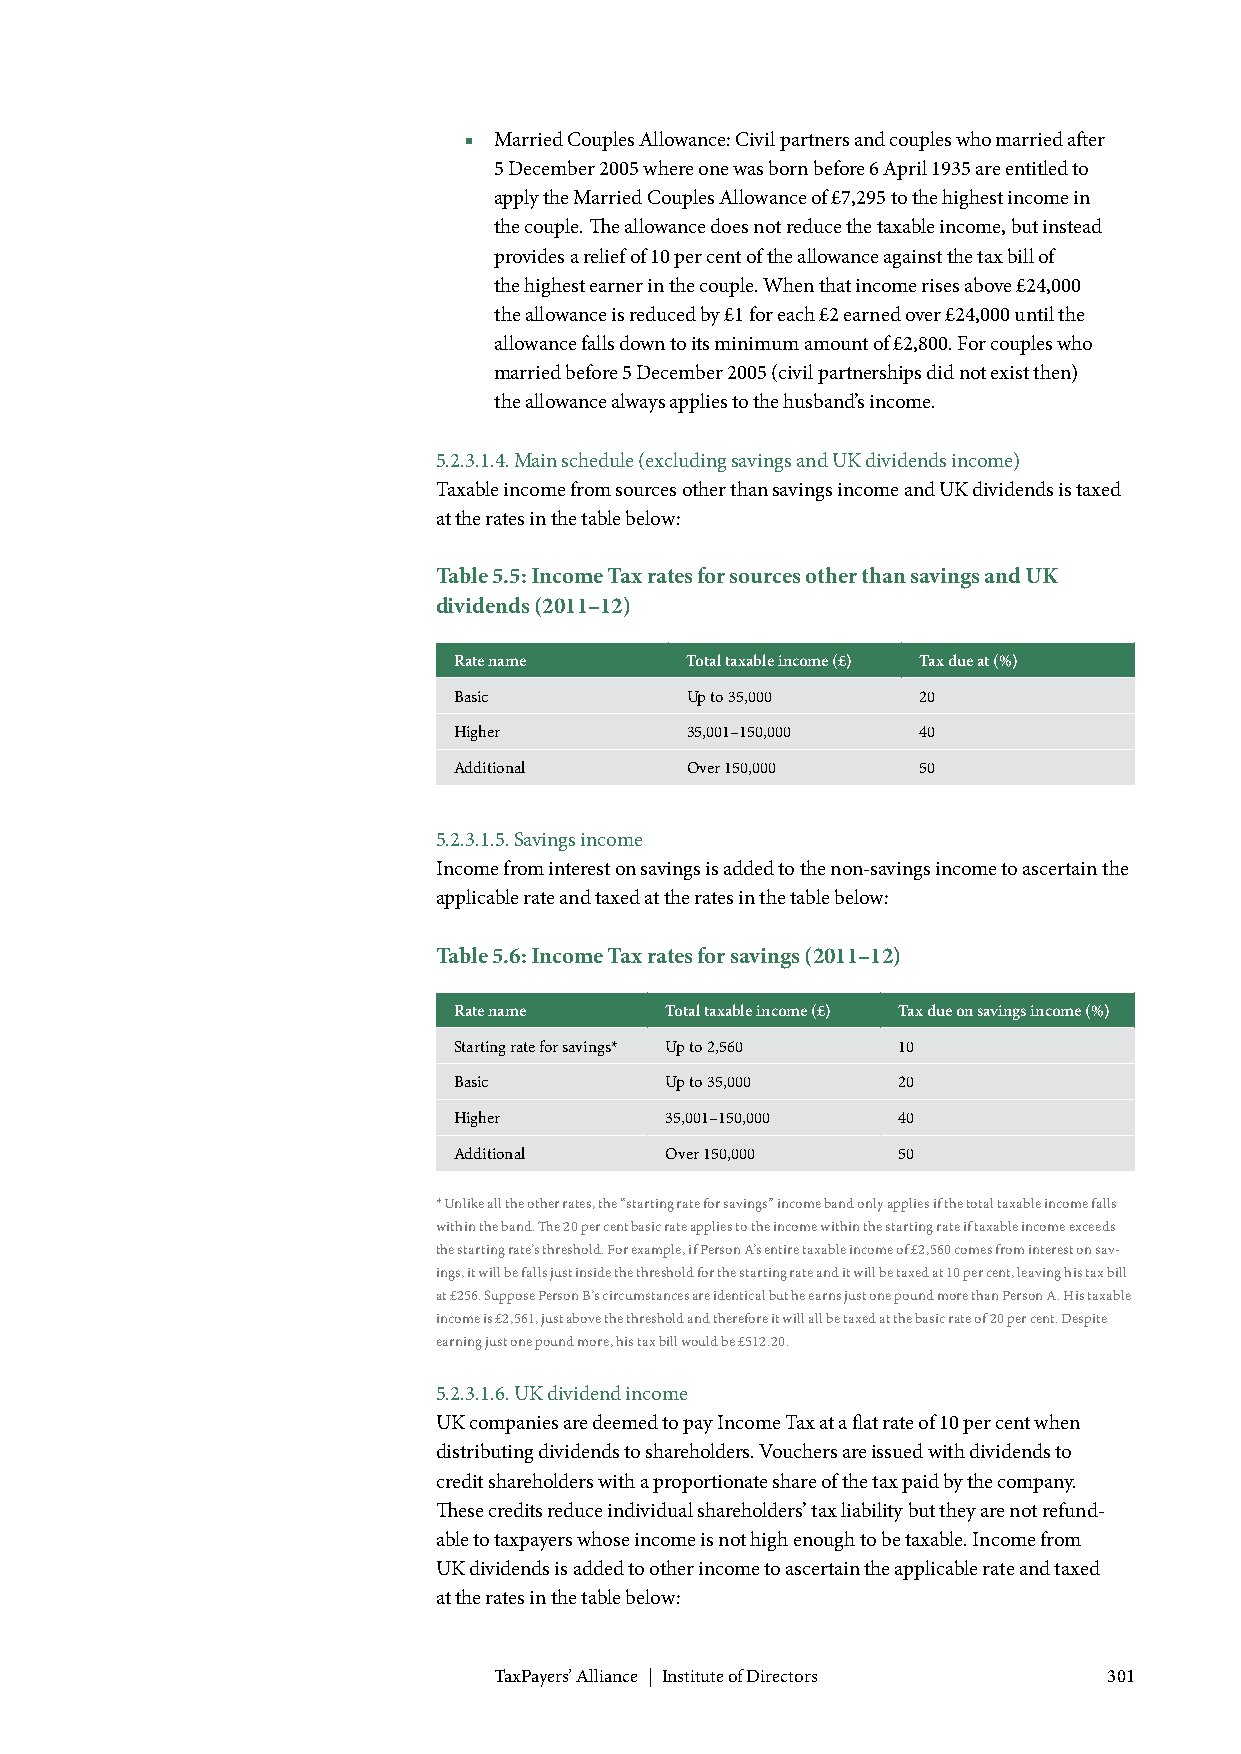
■ Married Couples Allowance: Civil partners and couples who married after
 5 December 2005 where one was born before 6 April 1935 are entitled to
 apply the Married Couples Allowance of £7,295 to the highest income in
 the couple. The allowance does not reduce the taxable income, but instead
 provides a relief of 10 per cent of the allowance against the tax bill of
 the highest earner in the couple. When that income rises above £24,000
 the allowance is reduced by £1 for each £2 earned over £24,000 until the
 allowance falls down to its minimum amount of £2,800. For couples who
 married before 5 December 2005 (civil partnerships did not exist then)
 the allowance always applies to the husband’s income.
 5.2.3.1.4. Main schedule (excluding savings and UK dividends income)
 Taxable income from sources other than savings income and UK dividends is taxed
 at the rates in the table below:
 Table 5.5: Income Tax rates for sources other than savings and UK
 dividends (2011–12)
 Rate name      Total taxable income (£) Tax due at (%)
 Basic          Up to 35,000    20
 Higher         35,001–150,000  40
 Additional     Over 150,000    50
 5.2.3.1.5. Savings income
 Income from interest on savings is added to the non-savings income to ascertain the
 applicable rate and taxed at the rates in the table below:
 Table 5.6: Income Tax rates for savings (2011–12)
 Rate name     Total taxable income (£) Tax due on savings income (%)
 Starting rate for savings* Up to 2,560 10
 Basic         Up to 35,000   20
 Higher        35,001–150,000 40
 Additional    Over 150,000   50
 * Unlike all the other rates, the “starting rate for savings” income band only applies if the total taxable income falls
 within the band. The 20 per cent basic rate applies to the income within the starting rate if taxable income exceeds
 the starting rate’s threshold. For example, if Person A’s entire taxable income of £2,560 comes from interest on sav-
 ings, it will be falls just inside the threshold for the starting rate and it will be taxed at 10 per cent, leaving his tax bill
 at £256. Suppose Person B’s circumstances are identical but he earns just one pound more than Person A. His taxable
 income is £2,561, just above the threshold and therefore it will all be taxed at the basic rate of 20 per cent. Despite
 earning just one pound more, his tax bill would be £512.20.
 5.2.3.1.6. UK dividend income
 UK companies are deemed to pay Income Tax at a flat rate of 10 per cent when
 distributing dividends to shareholders. Vouchers are issued with dividends to
 credit shareholders with a proportionate share of the tax paid by the company.
 These credits reduce individual shareholders’ tax liability but they are not refund-
 able to taxpayers whose income is not high enough to be taxable. Income from
 UK dividends is added to other income to ascertain the applicable rate and taxed
 at the rates in the table below:
 TaxPayers’ Alliance | Institute of Directors 301